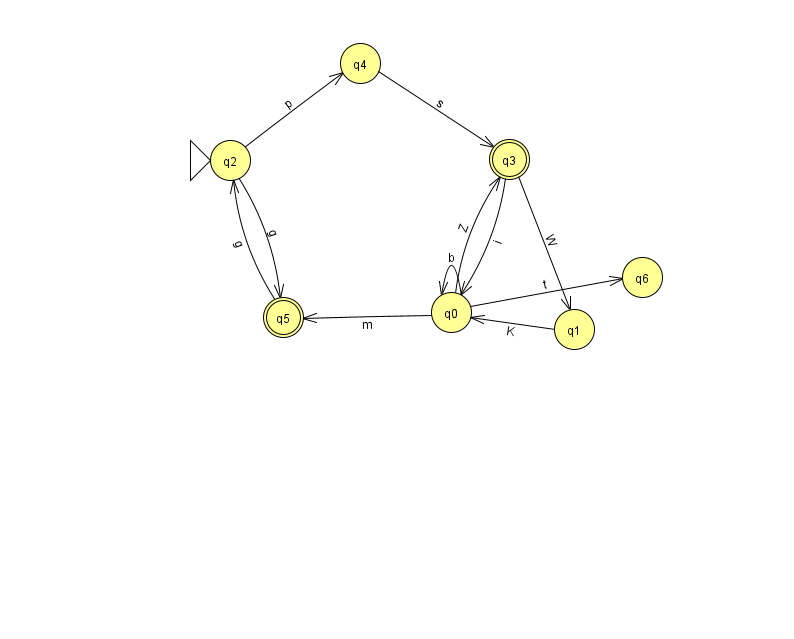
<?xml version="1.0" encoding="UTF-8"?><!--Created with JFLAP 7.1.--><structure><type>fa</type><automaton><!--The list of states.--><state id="0" name="q0"><x>451.0</x><y>299.0</y></state><state id="1" name="q1"><x>574.0</x><y>316.0</y></state><state id="2" name="q2"><x>230.0</x><y>147.0</y><initial/></state><state id="3" name="q3"><x>509.0</x><y>146.0</y><final/></state><state id="4" name="q4"><x>360.0</x><y>50.0</y></state><state id="5" name="q5"><x>283.0</x><y>304.0</y><final/></state><state id="6" name="q6"><x>642.0</x><y>264.0</y></state><!--The list of transitions.--><transition><from>4</from><to>3</to><read>s</read></transition><transition><from>0</from><to>0</to><read>b</read></transition><transition><from>0</from><to>6</to><read>t</read></transition><transition><from>1</from><to>0</to><read>K</read></transition><transition><from>0</from><to>3</to><read>Z</read></transition><transition><from>3</from><to>1</to><read>W</read></transition><transition><from>2</from><to>5</to><read>g</read></transition><transition><from>3</from><to>0</to><read>i</read></transition><transition><from>5</from><to>2</to><read>g</read></transition><transition><from>0</from><to>5</to><read>m</read></transition><transition><from>2</from><to>4</to><read>p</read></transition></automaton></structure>